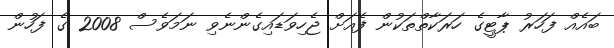
ބައެއް ފަހަރު ޕާޓީގެ ހަރަކާތްތަކުން ފެއަށް ޖެހިވަޑައިގެންނެވި ނަމަވެސް 2008 ގެ ފަހުން